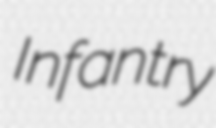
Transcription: Infantry